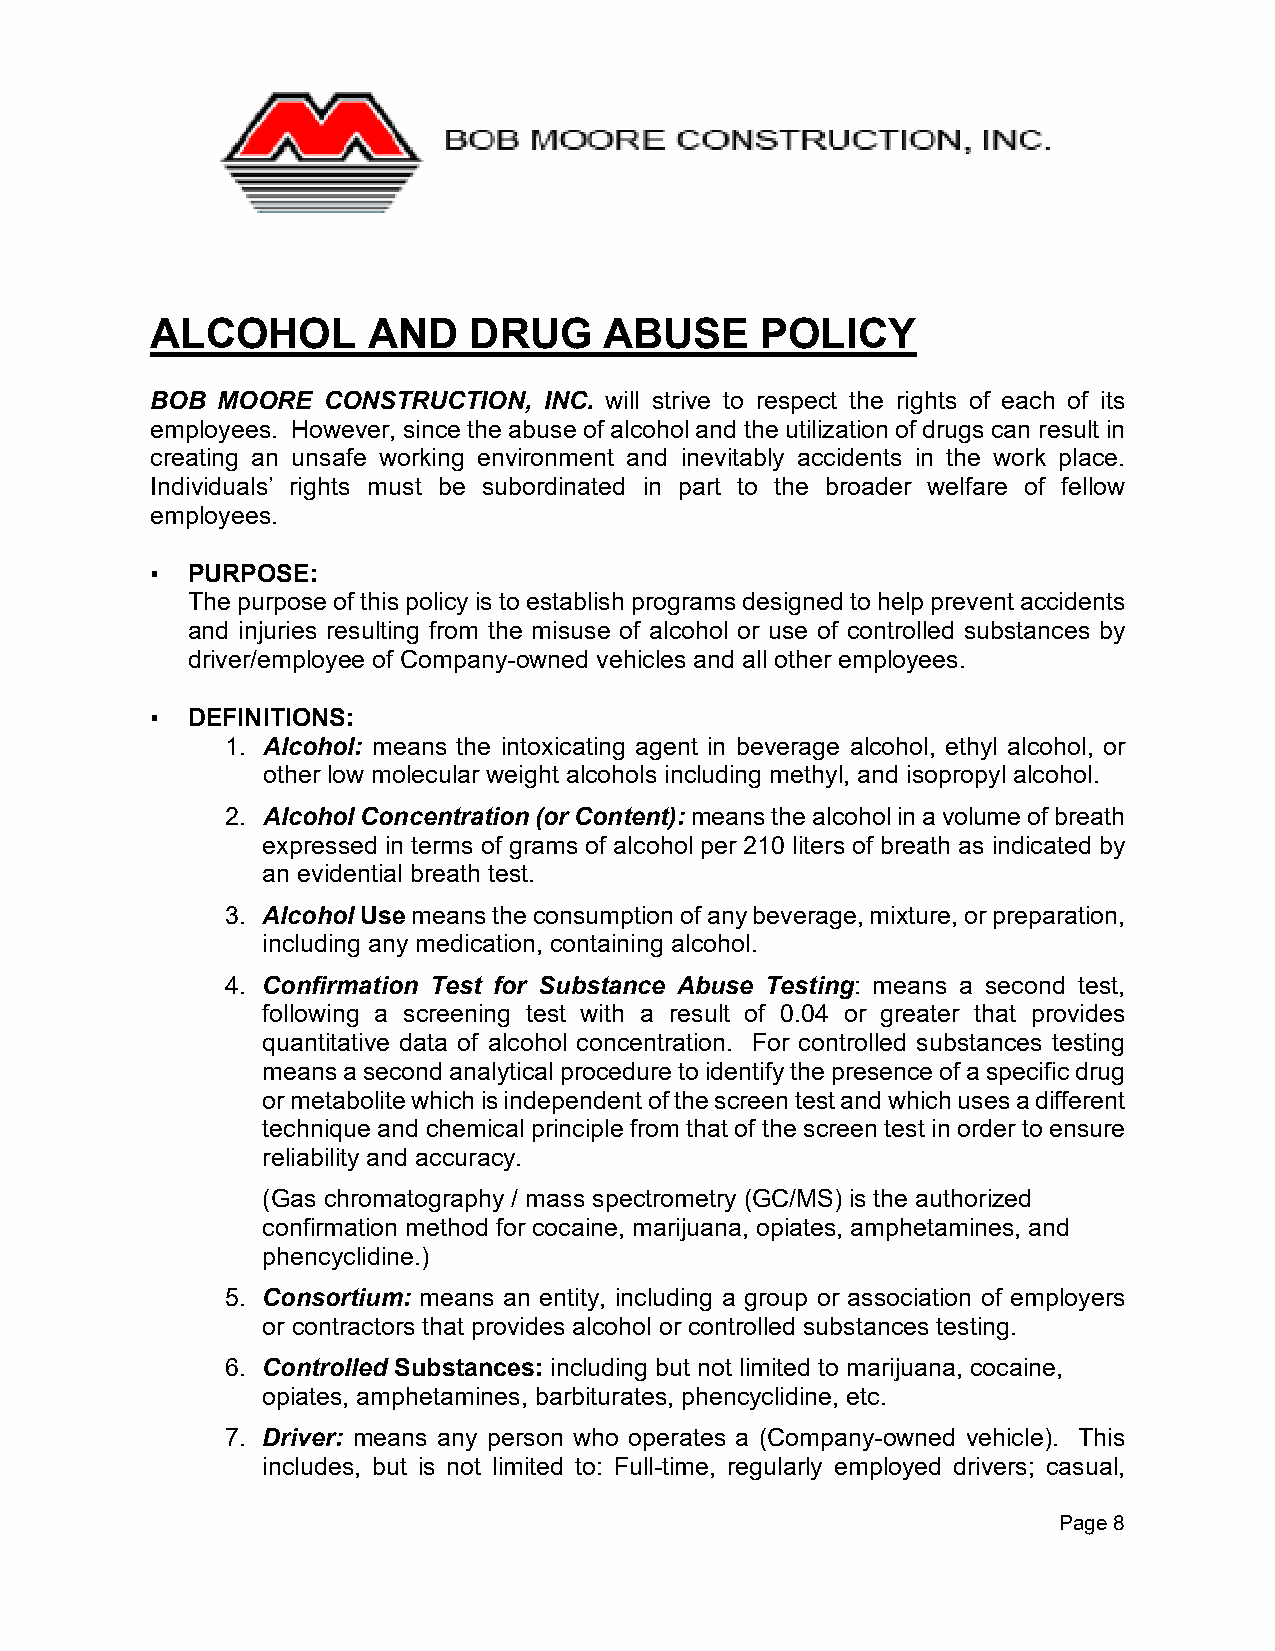
ALCOHOL       AND    DRUG     ABUSE     POLICY
 BOB MOORE  CONSTRUCTION,  INC. will strive to respect the rights of each of its
 employees. However, since the abuse of alcohol and the utilization of drugs can result in
 creating an unsafe working environment and inevitably accidents in the work place.
 Individuals’ rights must be subordinated in part to the broader welfare of fellow
 employees.
 ▪ PURPOSE:
 The purpose of this policy is to establish programs designed to help prevent accidents
 and injuries resulting from the misuse of alcohol or use of controlled substances by
 driver/employee of Company-owned vehicles and all other employees.
 ▪ DEFINITIONS:
 1. Alcohol: means the intoxicating agent in beverage alcohol, ethyl alcohol, or
 other low molecular weight alcohols including methyl, and isopropyl alcohol.
 2. Alcohol Concentration (or Content): means the alcohol in a volume of breath
 expressed in terms of grams of alcohol per 210 liters of breath as indicated by
 an evidential breath test.
 3. Alcohol Use means the consumption of any beverage, mixture, or preparation,
 including any medication, containing alcohol.
 4. Confirmation Test for Substance Abuse Testing: means a second test,
 following a screening test with a result of 0.04 or greater that provides
 quantitative data of alcohol concentration. For controlled substances testing
 means a second analytical procedure to identify the presence of a specific drug
 or metabolite which is independent of the screen test and which uses a different
 technique and chemical principle from that of the screen test in order to ensure
 reliability and accuracy.
 (Gas chromatography / mass spectrometry (GC/MS) is the authorized
 confirmation method for cocaine, marijuana, opiates, amphetamines, and
 phencyclidine.)
 5. Consortium: means an entity, including a group or association of employers
 or contractors that provides alcohol or controlled substances testing.
 6. Controlled Substances: including but not limited to marijuana, cocaine,
 opiates, amphetamines, barbiturates, phencyclidine, etc.
 7. Driver: means any person who operates a (Company-owned vehicle). This
 includes, but is not limited to: Full-time, regularly employed drivers; casual,
 Page 8